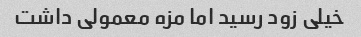
خیلی زود رسید اما مزه معمولی داشت